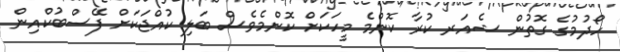
ހޯދުމުގެ ގޮތުން ޝެއަރ ކުރާ ކޮންމެ މީހަކަށް ކޮންމެވެސް ބަލި ކުއްޖަކަށް ފޭސްބުކްއިން